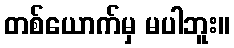
တစ်ယောက်မှ မပါဘူး။